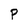
Character: P